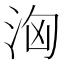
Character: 洶